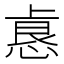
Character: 𫠺